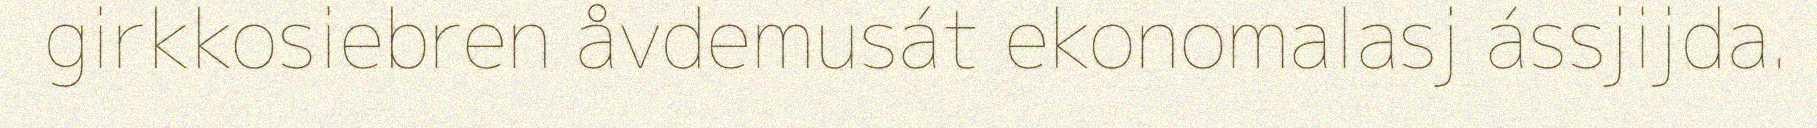
girkkosiebren åvdemusát ekonomalasj ássjijda.